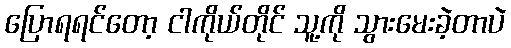
ပြောရရင်တော့ ငါကိုယ်တိုင် သူ့ကို သွားမေးခဲ့တာပဲ